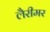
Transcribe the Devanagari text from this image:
लैरीमर